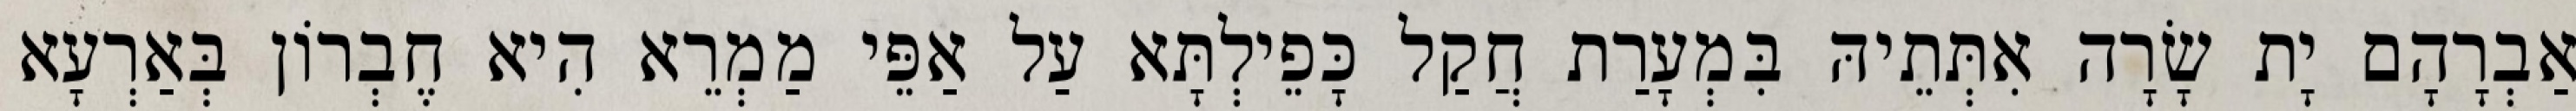
אַבְרָהָם יָת שָׂרָה אִתְּתֵיהּ בִּמְעָרַת חֲקַל כָּפֵילְתָּא עַל אַפֵּי מַמְרֵא הִיא חֶבְרוֹן בְּאַרְעָא